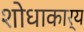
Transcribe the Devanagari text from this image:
शोधाकार्य